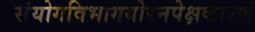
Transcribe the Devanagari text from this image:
संयोगविभागयोरनपेक्षकारणं